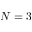
N = 3